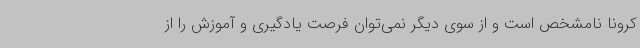
کرونا نامشخص است و از سوی دیگر نمی‌توان فرصت یادگیری و آموزش را از